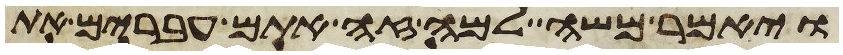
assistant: ויאמר משה למה זה אתם עברים את